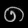
Digit: ၈